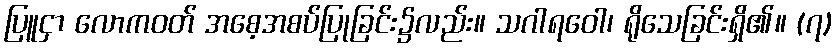
ပြူငှာ လောကဝတ် အစေ့အစပ်ပြုခြင်း၌လည်း။ သဂါရဝေါ၊ ရိုသေခြင်းရှိ၏။ (၇)